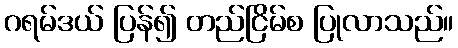
ဂရမ်ဒယ် ပြန်၍ တည်ငြိမ်စ ပြုလာသည်။